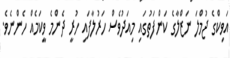
އަވިކްގެ ޖުމްލަ ނަޒްލާގެ ކަންފަތުގައި މިއަދުވެސް ހަރުލާފައި ހުރީ ދެންމެ ވީކަމެއް ހެންނެވެ.